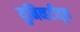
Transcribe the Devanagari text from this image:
युनिव्हर्टीतून